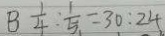
B \frac { 1 } { 4 } : \frac { 1 } { 5 } = 3 0 : 2 4